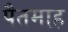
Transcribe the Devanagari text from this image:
पैतमाह